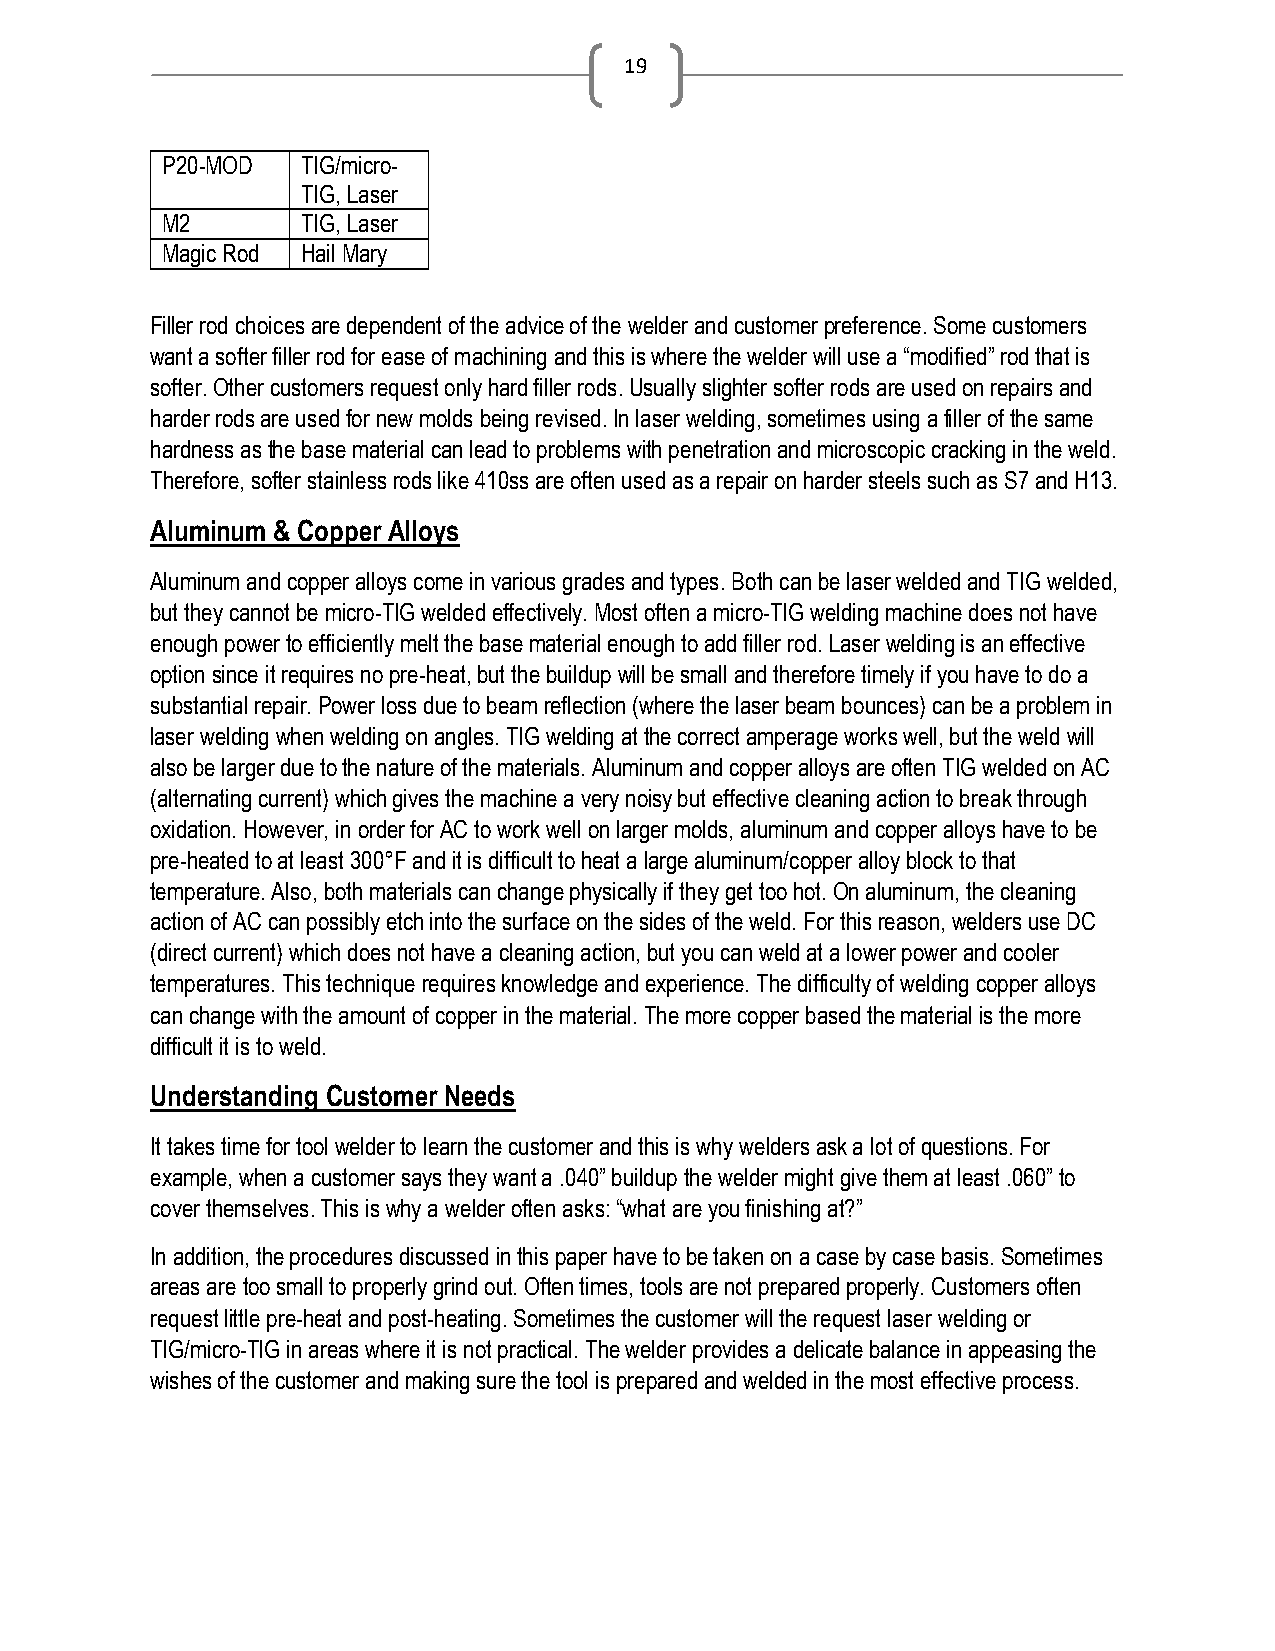
19
 P20-MOD  TIG/micro-
 TIG, Laser
 M2       TIG, Laser
 Magic Rod Hail Mary
 Filler rod choices are dependent of the advice of the welder and customer preference. Some customers
 want a softer filler rod for ease of machining and this is where the welder will use a “modified” rod that is
 softer. Other customers request only hard filler rods. Usually slighter softer rods are used on repairs and
 harder rods are used for new molds being revised. In laser welding, sometimes using a filler of the same
 hardness as the base material can lead to problems with penetration and microscopic cracking in the weld.
 Therefore, softer stainless rods like 410ss are often used as a repair on harder steels such as S7 and H13.
 Aluminum & Copper Alloys
 Aluminum and copper alloys come in various grades and types. Both can be laser welded and TIG welded,
 but they cannot be micro-TIG welded effectively. Most often a micro-TIG welding machine does not have
 enough power to efficiently melt the base material enough to add filler rod. Laser welding is an effective
 option since it requires no pre-heat, but the buildup will be small and therefore timely if you have to do a
 substantial repair. Power loss due to beam reflection (where the laser beam bounces) can be a problem in
 laser welding when welding on angles. TIG welding at the correct amperage works well, but the weld will
 also be larger due to the nature of the materials. Aluminum and copper alloys are often TIG welded on AC
 (alternating current) which gives the machine a very noisy but effective cleaning action to break through
 oxidation. However, in order for AC to work well on larger molds, aluminum and copper alloys have to be
 pre-heated to at least 300°F and it is difficult to heat a large aluminum/copper alloy block to that
 temperature. Also, both materials can change physically if they get too hot. On aluminum, the cleaning
 action of AC can possibly etch into the surface on the sides of the weld. For this reason, welders use DC
 (direct current) which does not have a cleaning action, but you can weld at a lower power and cooler
 temperatures. This technique requires knowledge and experience. The difficulty of welding copper alloys
 can change with the amount of copper in the material. The more copper based the material is the more
 difficult it is to weld.
 Understanding Customer Needs
 It takes time for tool welder to learn the customer and this is why welders ask a lot of questions. For
 example, when a customer says they want a .040” buildup the welder might give them at least .060” to
 cover themselves. This is why a welder often asks: “what are you finishing at?”
 In addition, the procedures discussed in this paper have to be taken on a case by case basis. Sometimes
 areas are too small to properly grind out. Often times, tools are not prepared properly. Customers often
 request little pre-heat and post-heating. Sometimes the customer will the request laser welding or
 TIG/micro-TIG in areas where it is not practical. The welder provides a delicate balance in appeasing the
 wishes of the customer and making sure the tool is prepared and welded in the most effective process.